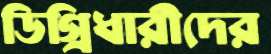
ডিগ্রিধারীদের